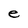
Character: e